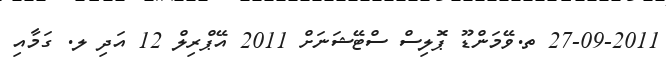
27-09-2011 ތ.ވޭމަންޑޫ ޕޮލިސް ސްޓޭޝަނަށް 2011 އޭޕްރިލް 12 އަދި ލ. ގަމާއި